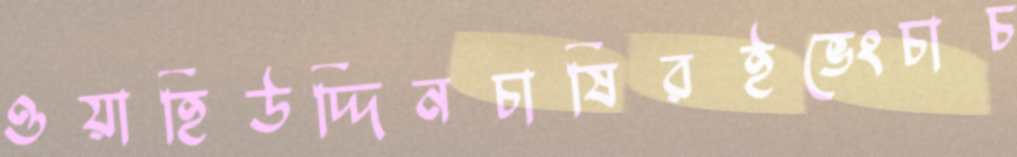
ওয়াহিউদ্দিনচাষিরইভেংচাচ